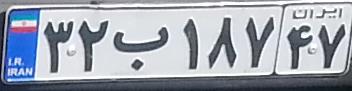
۳۲ب۱۸۷۴۷